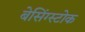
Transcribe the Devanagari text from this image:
बेसिंग्स्टोक